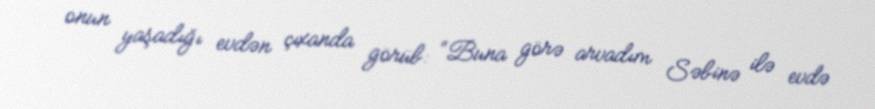
onun yaşadığı evdən çıxanda görüb: “Buna görə arvadım Səbinə ilə evdə